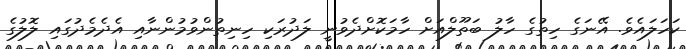
ކަހަލައެވެ. އޭނަގެ ހިތުގެ ހާލު ބަތޫލްއަށް ހާމަކޮށްދެވުނީ ލަދުރަކި ހިނިތުންވުމުންނާއި އެދެމެދުގައި ލޮލުގެ